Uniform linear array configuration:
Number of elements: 16
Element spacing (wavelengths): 0.5
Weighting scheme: hamming
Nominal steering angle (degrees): -30
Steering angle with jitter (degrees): -29.049
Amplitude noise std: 0.05
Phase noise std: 0.05

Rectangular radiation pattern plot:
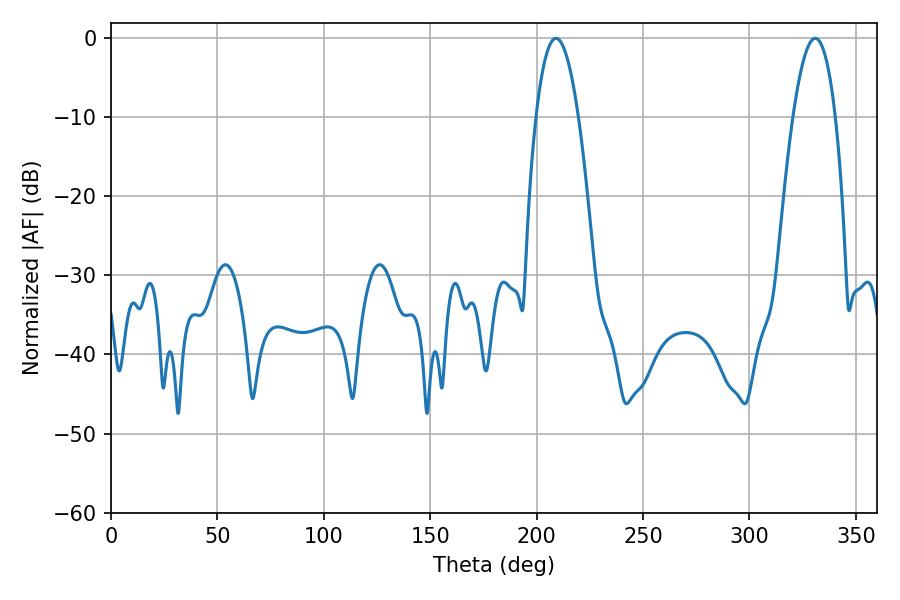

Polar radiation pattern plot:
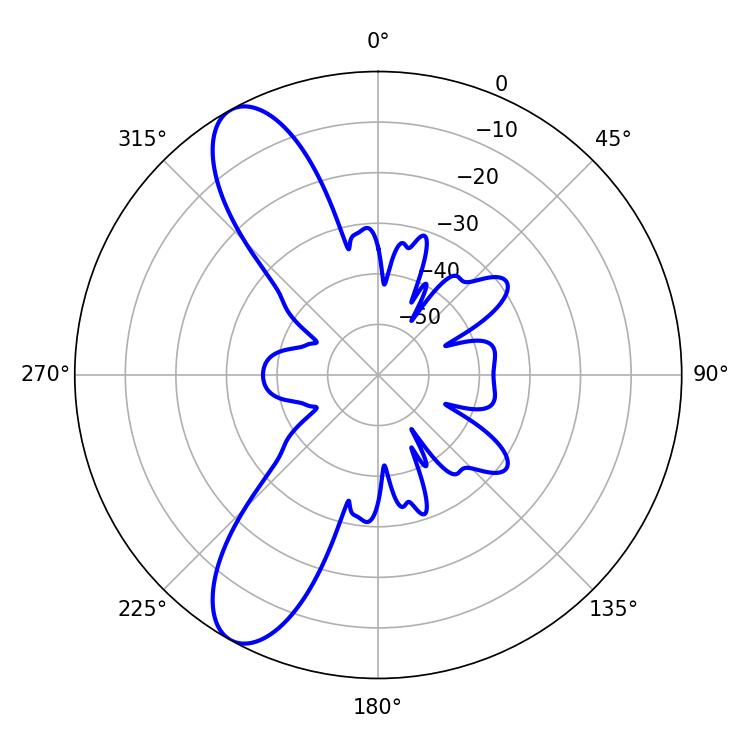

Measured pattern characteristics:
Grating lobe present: FALSE
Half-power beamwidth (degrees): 10.98
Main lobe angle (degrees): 209.16